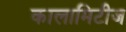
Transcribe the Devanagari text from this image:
कालामिटीज